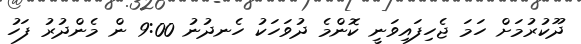
ދޫކުރުމަށް ހަމަ ޖެހިފައިވަނީ ކޮންމެ ދުވަހަކު ހެނދުނު 9:00 ން މެންދުރު ފަހު